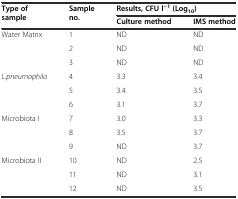
<table><thead><tr><td rowspan="2"><b>Type of sample</b></td><td rowspan="2"><b>Sample no.</b></td><td colspan="2"><b>Results, CFU l<sup>−1</sup>(Log<sub>10</sub>)</b></td></tr><tr><td><b>Culture method</b></td><td><b>IMS method</b></td></tr></thead><tbody><tr><td rowspan="3">Water Matrix</td><td>1</td><td>ND</td><td>ND</td></tr><tr><td>2</td><td>ND</td><td>ND</td></tr><tr><td>3</td><td>ND</td><td>ND</td></tr><tr><td rowspan="3"><i>L.pneumophila</i></td><td>4</td><td>3.3</td><td>3.4</td></tr><tr><td>5</td><td>3.4</td><td>3.5</td></tr><tr><td>6</td><td>3.1</td><td>3.7</td></tr><tr><td rowspan="3">Microbiota I</td><td>7</td><td>3.0</td><td>3.3</td></tr><tr><td>8</td><td>3.5</td><td>3.7</td></tr><tr><td>9</td><td>ND</td><td>3.7</td></tr><tr><td rowspan="3">Microbiota II</td><td>10</td><td>ND</td><td>2.5</td></tr><tr><td>11</td><td>ND</td><td>3.1</td></tr><tr><td>12</td><td>ND</td><td>3.5</td></tr></tbody></table>